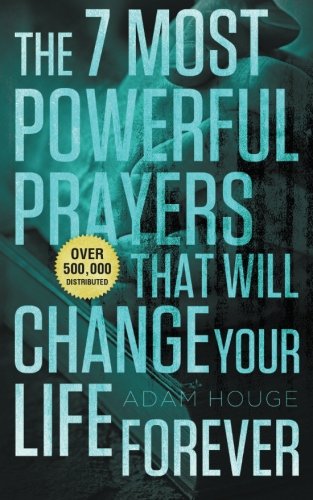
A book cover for The 7 Most Powerful Prayers That Will Change Your Life Forever; Adam Houge; Religion & Spirituality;